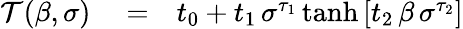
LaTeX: \begin{array}{rlr}{\mathcal{T}(\beta,\sigma)}&{{}=}&{t_{0}+t_{1}\, \sigma^{\tau_{1}}\operatorname{tanh}\left[t_{2}\, \beta\, \sigma^{\tau_{2}}\right]}\end{array}